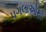
પગલાઓથી